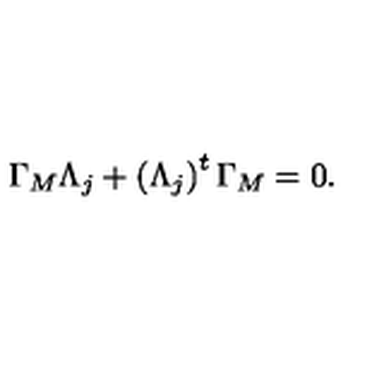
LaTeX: \Gamma _ { M } \Lambda _ { j } + \left( \Lambda _ { j } \right) ^ { t } \Gamma _ { M } = 0 .